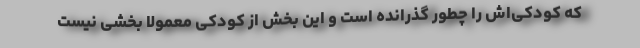
که کودکی‌اش را چطور گذرانده است و این بخش از کودکی معمولا بخشی نیست